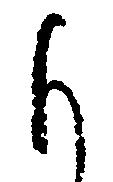
も